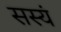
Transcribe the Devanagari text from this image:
सस्यं